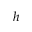
h